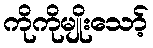
ကိုကိုမျိုးသော့်